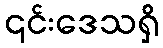
၎င်းဒေသရှိ